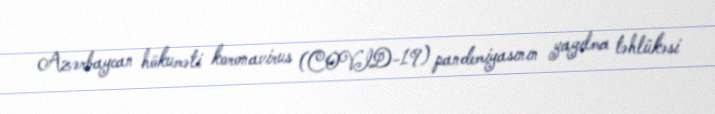
Azərbaycan hökuməti koronavirus (COVID-19) pandemiyasının yayılma təhlükəsi